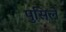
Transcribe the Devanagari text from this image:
पुसिले